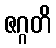
ဇဂ္ဂတိ